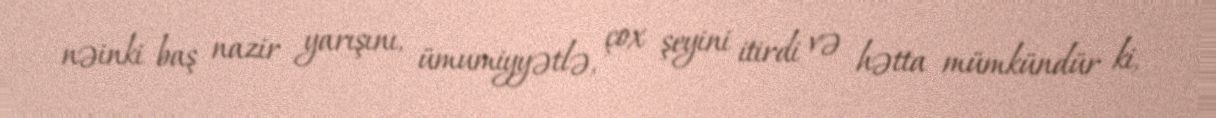
nəinki baş nazir yarışını, ümumiyyətlə, çox şeyini itirdi və hətta mümkündür ki,